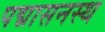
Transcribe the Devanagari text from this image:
पद्मासनस्थ